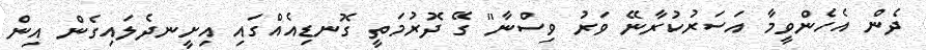
ދެން އެހެންވީމާ އަސަރުކުރާނޭ ވަރު ވިސްނާ" ގޭ ދޮރުމަތީ ގޮނޑިއެއްގައި އިށީނދެލައިގެން އިން